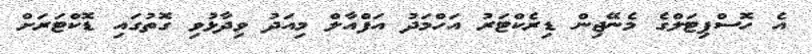
އެ ހޮސްޕިޓަލްގެ މެނޭޖިން ޑިރެކްޓަރު އަހްމަދު އަފްއާލް މިއަދު ވިދާޅުވި ގޮތުގައި ޑޮކްޓަރަށް